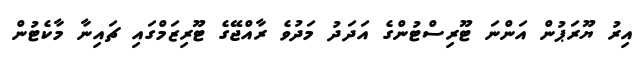
އިރު ޔޫރަޕުން އަންނަ ޓޫރިސްޓުންގެ އަދަދު މަދުވެ ރާއްޖޭގެ ޓޫރިޒަމްގައި ޗައިނާ މާކެޓުން